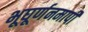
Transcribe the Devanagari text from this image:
भूघूर्णनमापी